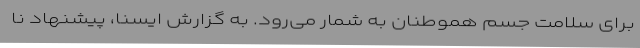
برای سلامت جسم هموطنان به شمار می‌رود. به گزارش ایسنا، پیشنهاد نا